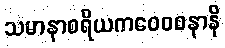
သမာနာစရိယကဝေဝစနာနိ